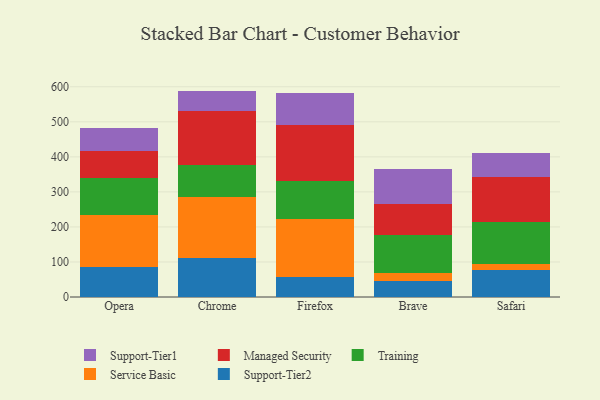
{"axis": {"x": "Browser", "y": "Net Income (USD K)"}, "legend": ["Managed Security", "Service Basic", "Support-Tier1", "Support-Tier2", "Training"], "data": [{"x": "Opera", "y": 86.8, "type": "Support-Tier2"}, {"x": "Opera", "y": 147.5, "type": "Service Basic"}, {"x": "Opera", "y": 104.6, "type": "Training"}, {"x": "Opera", "y": 78.2, "type": "Managed Security"}, {"x": "Opera", "y": 65.2, "type": "Support-Tier1"}, {"x": "Chrome", "y": 111.9, "type": "Support-Tier2"}, {"x": "Chrome", "y": 173.5, "type": "Service Basic"}, {"x": "Chrome", "y": 90.6, "type": "Training"}, {"x": "Chrome", "y": 154.5, "type": "Managed Security"}, {"x": "Chrome", "y": 57.9, "type": "Support-Tier1"}, {"x": "Firefox", "y": 57.9, "type": "Support-Tier2"}, {"x": "Firefox", "y": 163.8, "type": "Service Basic"}, {"x": "Firefox", "y": 108.3, "type": "Training"}, {"x": "Firefox", "y": 160.0, "type": "Managed Security"}, {"x": "Firefox", "y": 92.6, "type": "Support-Tier1"}, {"x": "Brave", "y": 44.3, "type": "Support-Tier2"}, {"x": "Brave", "y": 25.3, "type": "Service Basic"}, {"x": "Brave", "y": 106.8, "type": "Training"}, {"x": "Brave", "y": 90.2, "type": "Managed Security"}, {"x": "Brave", "y": 97.9, "type": "Support-Tier1"}, {"x": "Safari", "y": 76.3, "type": "Support-Tier2"}, {"x": "Safari", "y": 19.3, "type": "Service Basic"}, {"x": "Safari", "y": 119.2, "type": "Training"}, {"x": "Safari", "y": 128.1, "type": "Managed Security"}, {"x": "Safari", "y": 67.3, "type": "Support-Tier1"}]}